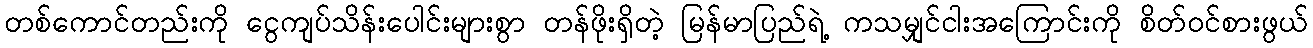
တစ်ကောင်တည်းကို ငွေကျပ်သိန်းပေါင်းများစွာ တန်ဖိုးရှိတဲ့ မြန်မာပြည်ရဲ့ ကသမျှင်ငါးအကြောင်းကို စိတ်ဝင်စားဖွယ်